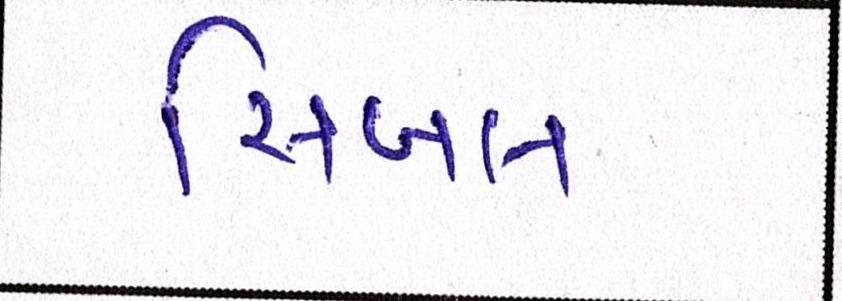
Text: સિબલ